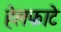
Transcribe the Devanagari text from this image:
हेलफाटे